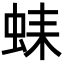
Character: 𧋆